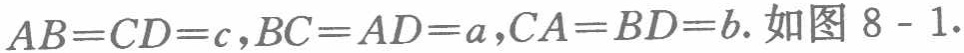
$AB = CD = c,BC = AD = a,CA = BD = b$. 如图 8 - 1.